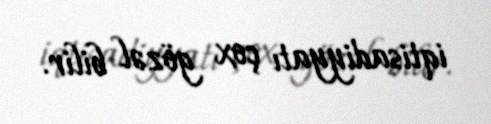
iqtisadiyyatı çox gözəl bilir.